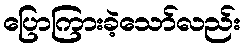
ပြောကြားခဲ့သော်လည်း